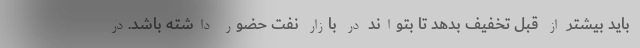
باید بیشتر از قبل تخفیف بدهد تا بتواند در بازار نفت حضور داشته باشد.در